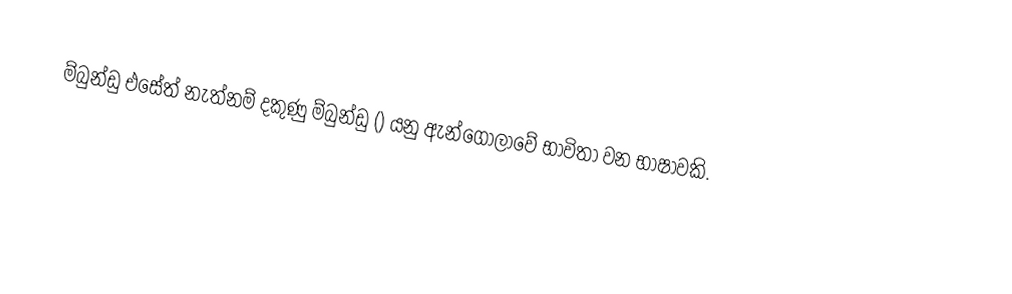
ම්බුන්ඩු එසේත් නැත්නම් දකුණු ම්බුන්ඩු () යනු ඇන්ගෝලාවේ භාවිතා වන භාෂාවකි.